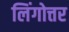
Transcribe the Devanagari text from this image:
लिंगोत्तर